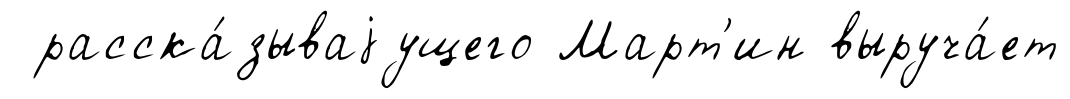
расска́зываjущего Март'ин выруча́ет